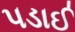
પડાઈ